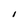
Character: 1